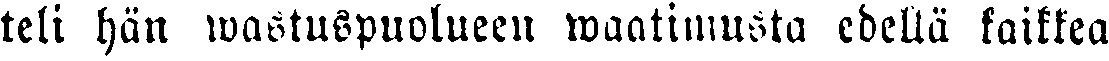
teli hän wastuspuolueen waatimusta edellä kaikkea